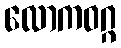
လောကဝဂ္ဂ